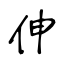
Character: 伸